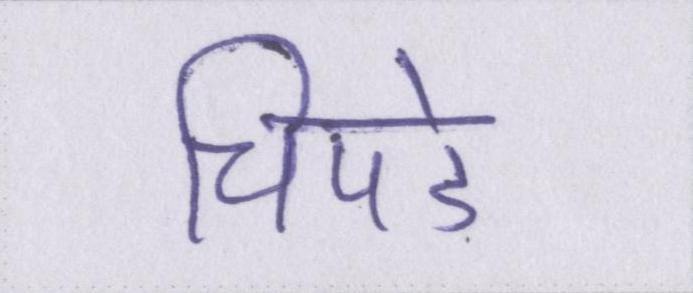
चिपडे